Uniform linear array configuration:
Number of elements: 12
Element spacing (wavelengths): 0.25
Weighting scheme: hamming
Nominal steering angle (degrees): -60
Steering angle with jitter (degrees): -60.236
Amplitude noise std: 0.05
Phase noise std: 0.05

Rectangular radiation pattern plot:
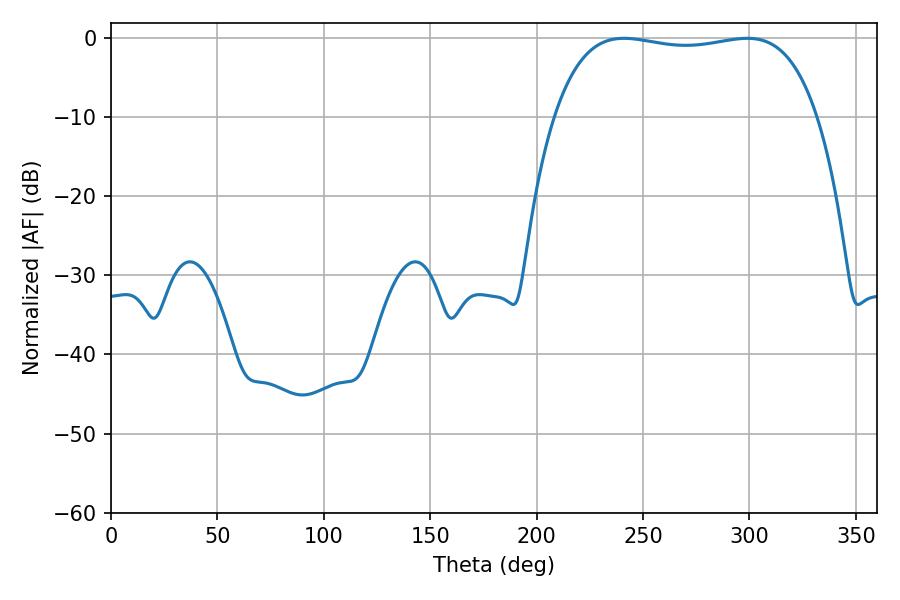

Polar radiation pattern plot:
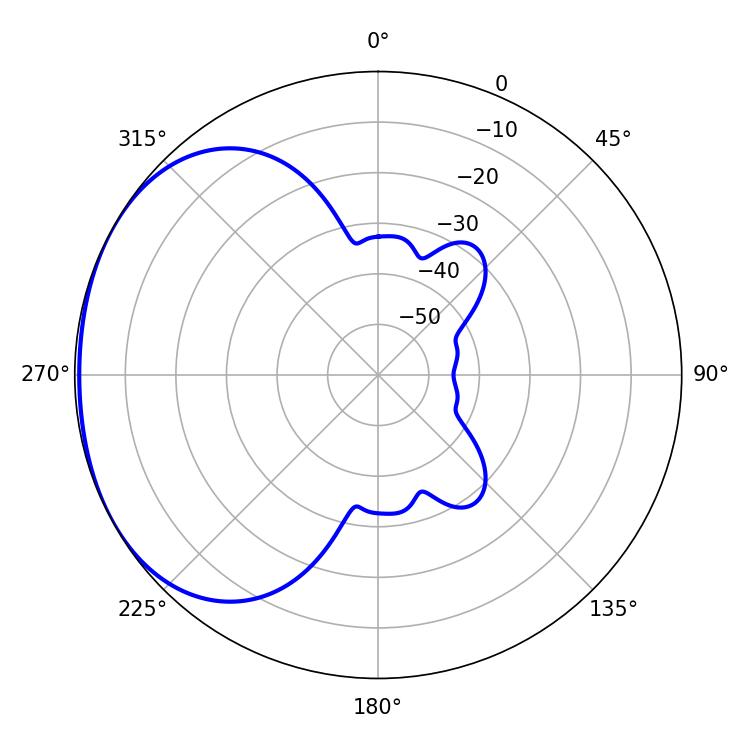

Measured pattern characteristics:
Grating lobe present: FALSE
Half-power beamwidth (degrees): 99
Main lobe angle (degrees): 241.02